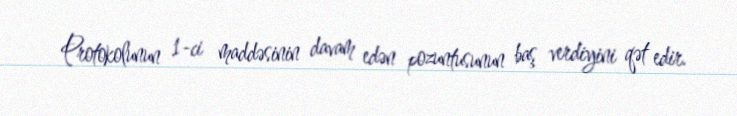
Protokolunun 1-ci maddəsinin davam edən pozuntusunun baş verdiyini qət edir.